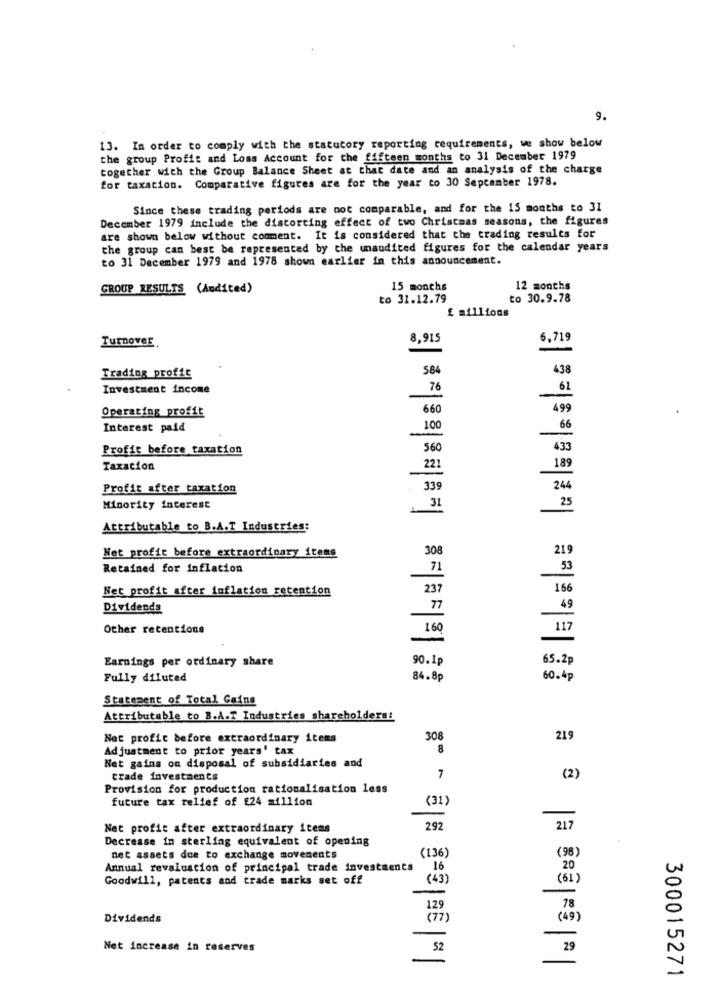
9.
13. In order to comply with the statutory reporting requirements, we show below
the group Profit and Loss Account for the fifteen months to 31 December 1979
together with the Group Balance Sheet at that date and an analysis of the charge
for taxation. Comparative figures are for the year to 30 September 1978.
Since these trading periods are not comparable, and for the 15 months to 31
December 1979 include the distorting effect of two Christmas seasons, the figures
are shown below without comment. It is considered that the trading results for
the group can best be represented by the unaudited figures for the calendar years
to 31 December 1979 and 1978 shown earlier in this announcement.
GROUP RESULTS (Audited)
15 months
12 months
to 31.12.79
to 30.9.78
£ millions
Turnover
8,915
6,719
584
438
Trading profit
Investment income
76
61
Operating profit
660
499
Interest paid
100
66
Profit before taxation
560
433
189
Taxation
221
Profit after taxation
339
244
25
Minority interest
31
Attributable to B.A.T Industries:
308
219
Net profit before extraordinary items
Retained for inflation
53
71
Net profit after inflation retention
237
166
49
Dividends
77
49
Other retentions
160
117
-
Earnings per ordinary share
90.1p
65.2p
Fully diluted
84.8p
60.4p
Statement of Total Gains
Attributable to B.A.T Industries shareholders:
Not profic before extraordinary items
308
219
Adjustment to prior years' tax
8
Net gains on disposal of subsidiaries and
trade investments
7
(2)
Provision for production rationalisation less
future tax relief of £24 million
(31)
-
Net profit after extraordinary items
292
217
Decrease in sterling equivalent of opening
(98)
net assets due to exchange movements
(136)
Annual revaluation of principal trade investments
16
20
Goodwill, patents and trade marks set off
(43)
(61)
-
129
78
Dividends
(77 )
( 49)
Net increase in reserves
52
29
300015271